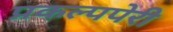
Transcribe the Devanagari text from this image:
प्रकल्पपेरी